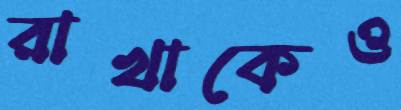
রাখাকেও